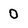
Character: 0